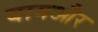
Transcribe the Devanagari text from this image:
बागऔर